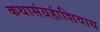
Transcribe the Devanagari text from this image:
कथासंग्रहांशिवाय